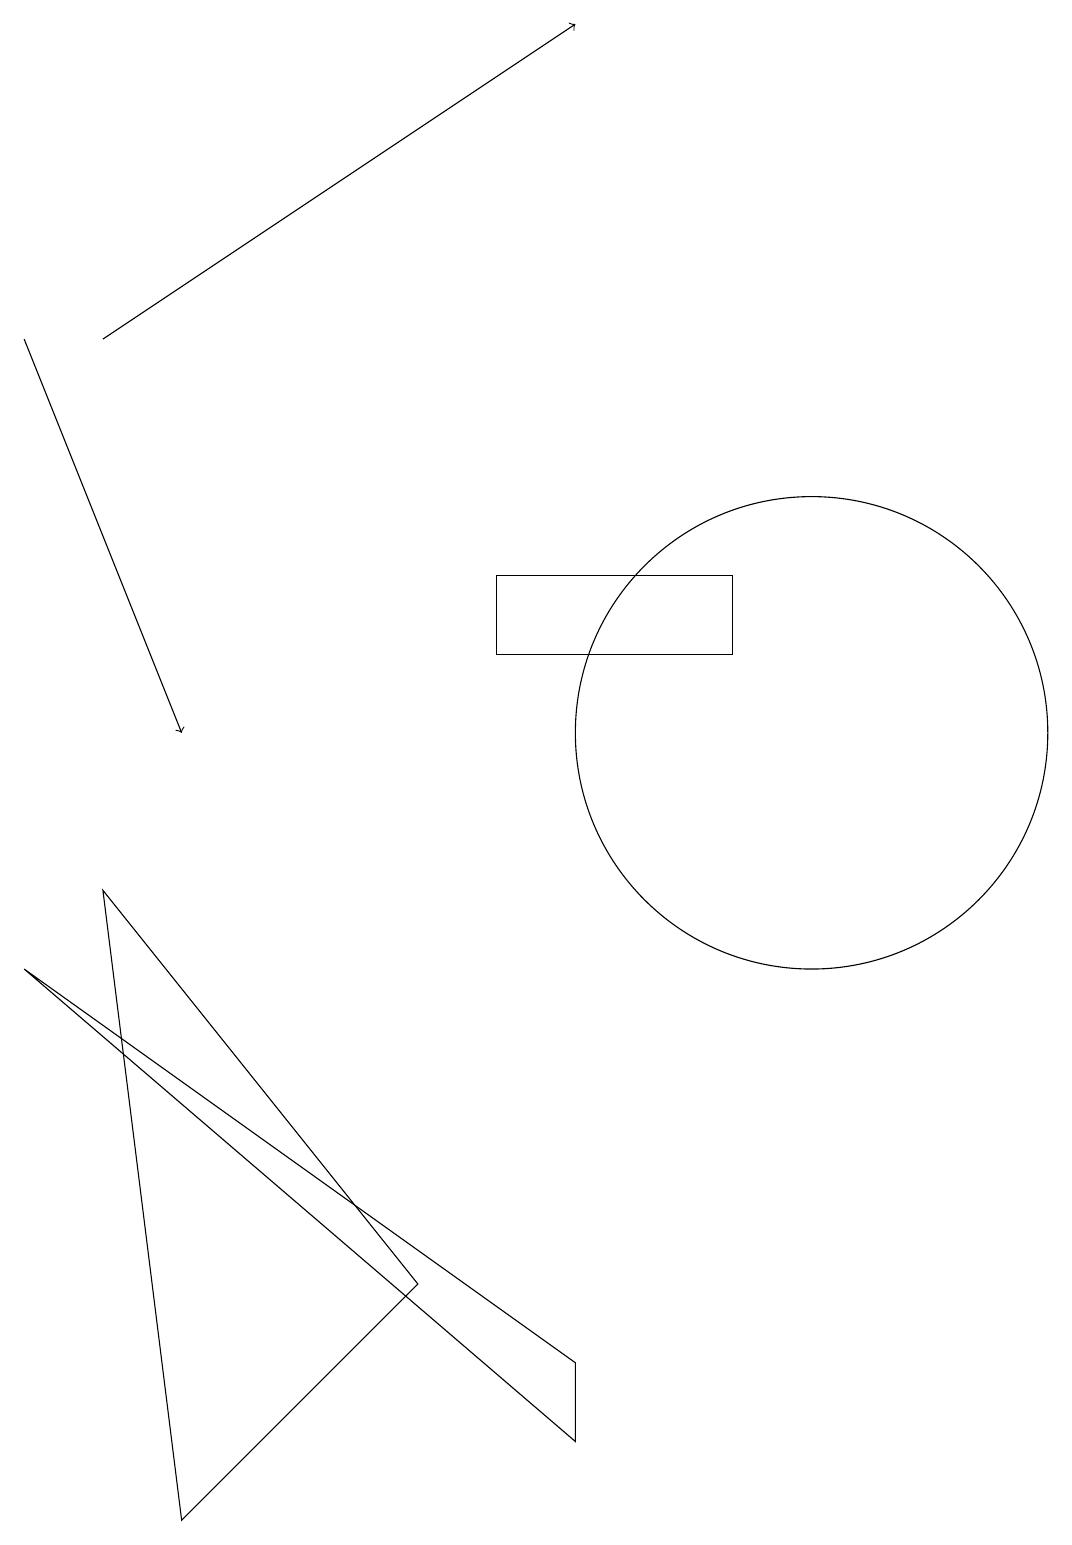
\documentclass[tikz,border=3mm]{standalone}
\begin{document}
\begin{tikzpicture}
\draw[->] (1,15) -- (7,19);
\draw (10,10) circle (3);
\draw[->] (0,15) -- (2,10);
\draw (5,3) -- (2,0) -- (1,8) -- cycle;
\draw (7,1) -- (0,7) -- (7,2) -- cycle;
\draw (6,12) rectangle (9,11);
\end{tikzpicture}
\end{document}